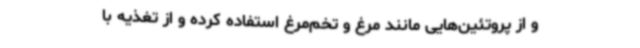
و از پروتئین‌هایی مانند مرغ و تخم‌مرغ استفاده کرده و از تغذیه با